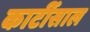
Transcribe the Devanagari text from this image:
कार्टीसाल